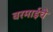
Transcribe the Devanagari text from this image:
वरमाईचे